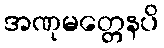
အဏုမတ္တေနပိ